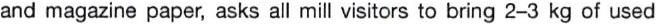
and magazine paper, asks all mill visitors to bring 2-3 kg of used